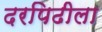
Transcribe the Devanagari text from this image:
दरपिढीला